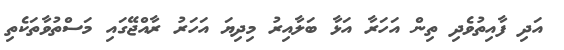
އަދި ފާއިތުވެދި ތިން އަހަރާ އަޅާ ބަލާއިރު މިދިޔަ އަހަރު ރާއްޖޭގައި މަސްތުވާތަކެތި